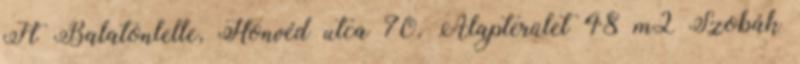
Ft Balatonlelle, Honvéd utca 70. Alapterület 48 m2 Szobák